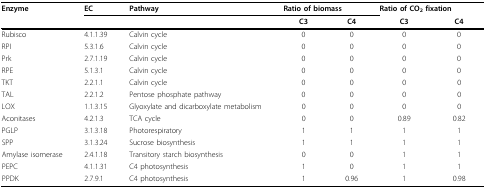
| Enzyme | EC | Pathway | <COLSPAN=2> Ratio of biomass | <COLSPAN=2> Ratio of CO2 fixation |
 |  |  |  | C3 | C4 | C3 | C4 |
 | --- | --- | --- | --- | --- | --- | --- |
 | Rubisco | 4.1.1.39 | Calvin cycle | 0 | 0 | 0 | 0 |
 | RPI | 5.3.1.6 | Calvin cycle | 0 | 0 | 0 | 0 |
 | Prk | 2.7.1.19 | Calvin cycle | 0 | 0 | 0 | 0 |
 | RPE | 5.1.3.1 | Calvin cycle | 0 | 0 | 0 | 0 |
 | TKT | 2.2.1.1 | Calvin cycle | 0 | 0 | 0 | 0 |
 | TAL | 2.2.1.2 | Pentose phosphate pathway | 0 | 0 | 0 | 0 |
 | LOX | 1.1.3.15 | Glyoxylate and dicarboxylate metabolism | 0 | 0 | 0 | 0 |
 | Aconitases | 4.2.1.3 | TCA cycle | 0 | 0 | 0.89 | 0.82 |
 | PGLP | 3.1.3.18 | Photorespiratory | 1 | 1 | 1 | 1 |
 | SPP | 3.1.3.24 | Sucrose biosynthesis | 1 | 1 | 1 | 1 |
 | Amylase isomerase | 2.4.1.18 | Transitory starch biosynthesis | 0 | 0 | 1 | 1 |
 | PEPC | 4.1.1.31 | C4 photosynthesis | 1 | 0 | 1 | 1 |
 | PPDK | 2.7.9.1 | C4 photosynthesis | 1 | 0.96 | 1 | 0.98 |